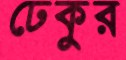
ঢেকুর